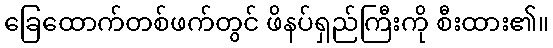
ခြေထောက်တစ်ဖက်တွင် ဖိနပ်ရှည်ကြီးကို စီးထား၏။